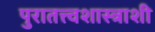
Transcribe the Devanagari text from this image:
पुरातत्त्वशास्त्राशी